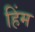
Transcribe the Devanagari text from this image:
हिंम